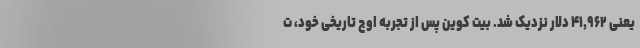
یعنی ۴۱,۹۶۲ دلار نزدیک شد. بیت کوین پس از تجربه اوج تاریخی خود، ت